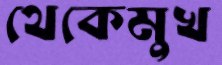
থেকেমুখ